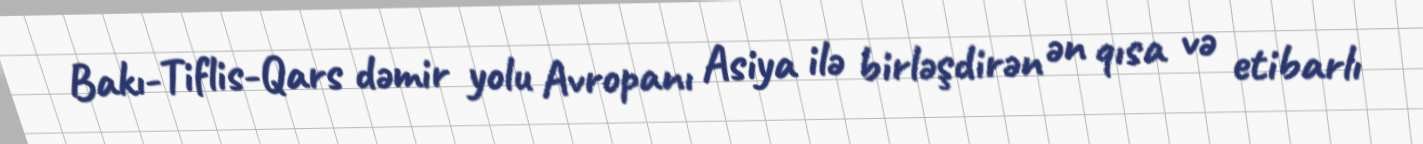
Bakı-Tiflis-Qars dəmir yolu Avropanı Asiya ilə birləşdirən ən qısa və etibarlı